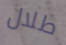
طلال